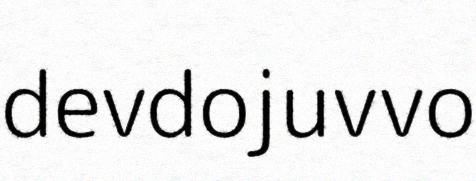
devdojuvvo